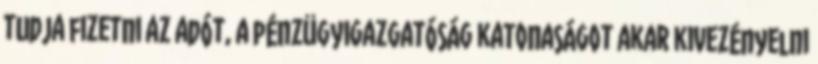
tudja fizetni az adót, a pénzügyigazgatóság katonaságot akar kivezényelni